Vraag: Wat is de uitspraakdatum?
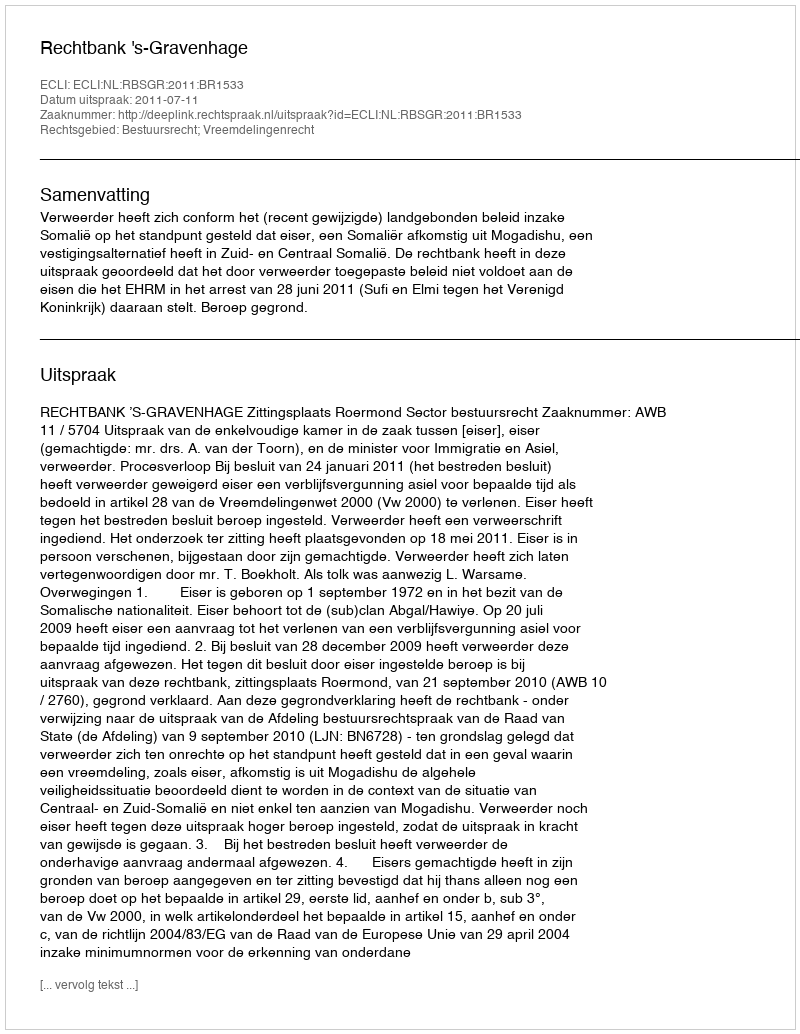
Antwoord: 2011-07-11